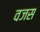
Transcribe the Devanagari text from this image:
वजस